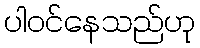
ပါဝင်နေသည်ဟု